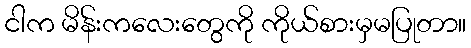
ငါက မိန်းကလေးတွေကို ကိုယ်စားမှမပြုတာ။